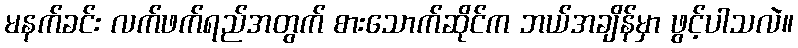
မနက်ခင်း လက်ဖက်ရည်အတွက် စားသောက်ဆိုင်က ဘယ်အချိန်မှာ ဖွင့်ပါသလဲ။